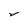
Character: v